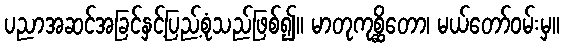
ပညာအဆင်အခြင်နှင့်ပြည့်စုံသည်ဖြစ်၍။ မာတုကုစ္ဆိတော၊ မယ်တော်ဝမ်းမှ။